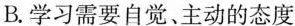
B.学习需要自觉、主动的态度